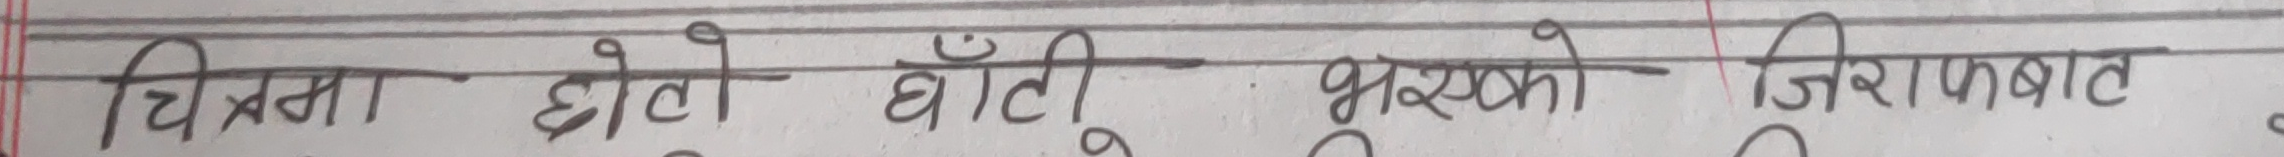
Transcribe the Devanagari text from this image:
चित्रमा छोटो घाँटी भएको जिराफबाट